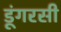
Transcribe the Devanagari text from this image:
डूंगरसी